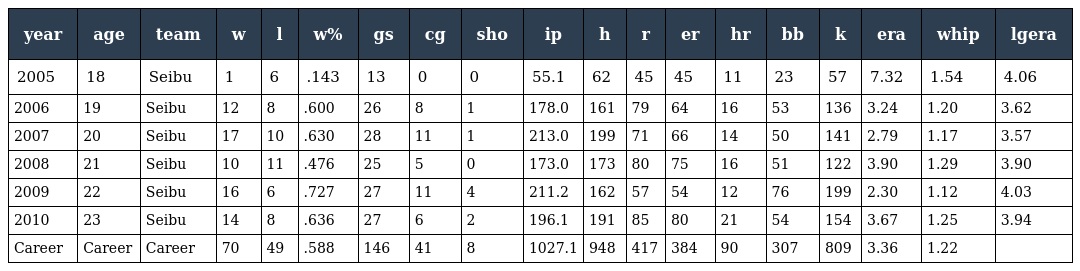
| year | age | team | w | l | w% | gs | cg | sho | ip | h | r | er | hr | bb | k | era | whip | lgera |
 | --- | --- | --- | --- | --- | --- | --- | --- | --- | --- | --- | --- | --- | --- | --- | --- | --- | --- | --- |
 | 2005 | 18 | Seibu | 1 | 6 | .143 | 13 | 0 | 0 | 55.1 | 62 | 45 | 45 | 11 | 23 | 57 | 7.32 | 1.54 | 4.06 |
 | 2006 | 19 | Seibu | 12 | 8 | .600 | 26 | 8 | 1 | 178.0 | 161 | 79 | 64 | 16 | 53 | 136 | 3.24 | 1.20 | 3.62 |
 | 2007 | 20 | Seibu | 17 | 10 | .630 | 28 | 11 | 1 | 213.0 | 199 | 71 | 66 | 14 | 50 | 141 | 2.79 | 1.17 | 3.57 |
 | 2008 | 21 | Seibu | 10 | 11 | .476 | 25 | 5 | 0 | 173.0 | 173 | 80 | 75 | 16 | 51 | 122 | 3.90 | 1.29 | 3.90 |
 | 2009 | 22 | Seibu | 16 | 6 | .727 | 27 | 11 | 4 | 211.2 | 162 | 57 | 54 | 12 | 76 | 199 | 2.30 | 1.12 | 4.03 |
 | 2010 | 23 | Seibu | 14 | 8 | .636 | 27 | 6 | 2 | 196.1 | 191 | 85 | 80 | 21 | 54 | 154 | 3.67 | 1.25 | 3.94 |
 | Career | Career | Career | 70 | 49 | .588 | 146 | 41 | 8 | 1027.1 | 948 | 417 | 384 | 90 | 307 | 809 | 3.36 | 1.22 |  |